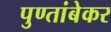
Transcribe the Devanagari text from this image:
पुण्तांबेकर